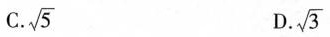
C.\sqrt{5} D.\sqrt{3}